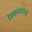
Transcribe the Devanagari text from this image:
प्रेमसंवर्धनाचा